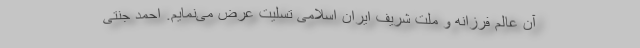
آن عالم فرزانه و ملت شریف ایران اسلامی تسلیت عرض می‌نمایم. احمد جنتی